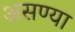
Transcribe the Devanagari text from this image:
असण्या